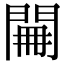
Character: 𨴕